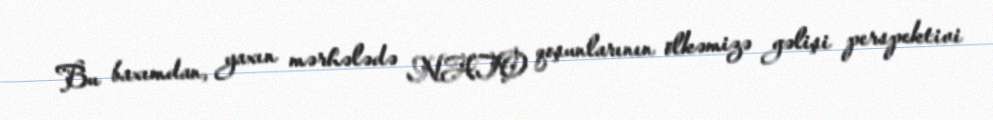
Bu baxımdan, yaxın mərhələdə NATO qoşunlarının ölkəmizə gəlişi perspektivi